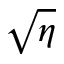
\sqrt { \eta }